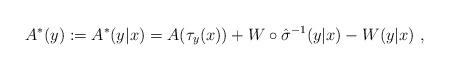
LaTeX: \begin{align*}A^*(y) := A^*(y|x) = A(\tau_y(x)) + W \circ \hat{\sigma}^{-1} (y|x) - W(y|x) \ ,\end{align*}